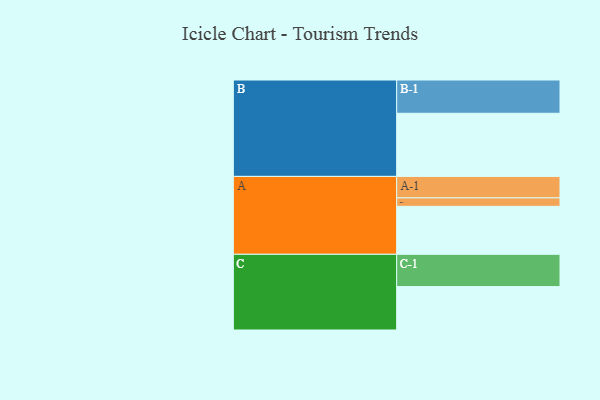
{"axis": {"x": "Segment", "y": "Value"}, "legend": ["", "A", "B", "C"], "data": [{"x": "A", "y": 431, "type": ""}, {"x": "B", "y": 567, "type": ""}, {"x": "C", "y": 390, "type": ""}, {"x": "A-1", "y": 193, "type": "A"}, {"x": "A-2", "y": 76, "type": "A"}, {"x": "B-1", "y": 299, "type": "B"}, {"x": "C-1", "y": 290, "type": "C"}]}